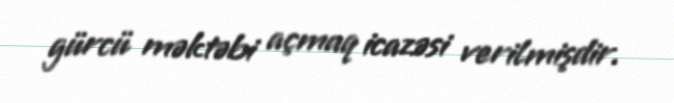
gürcü məktəbi açmaq icazəsi verilmişdir.